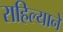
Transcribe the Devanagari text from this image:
राहिल्‍याने